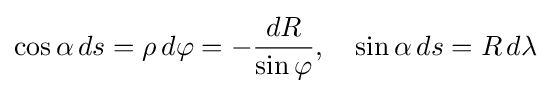
\cos \alpha \,ds=\rho \,d\varphi =-{\frac {dR}{\sin \varphi }},\quad \sin \alpha \,ds=R\,d\lambda